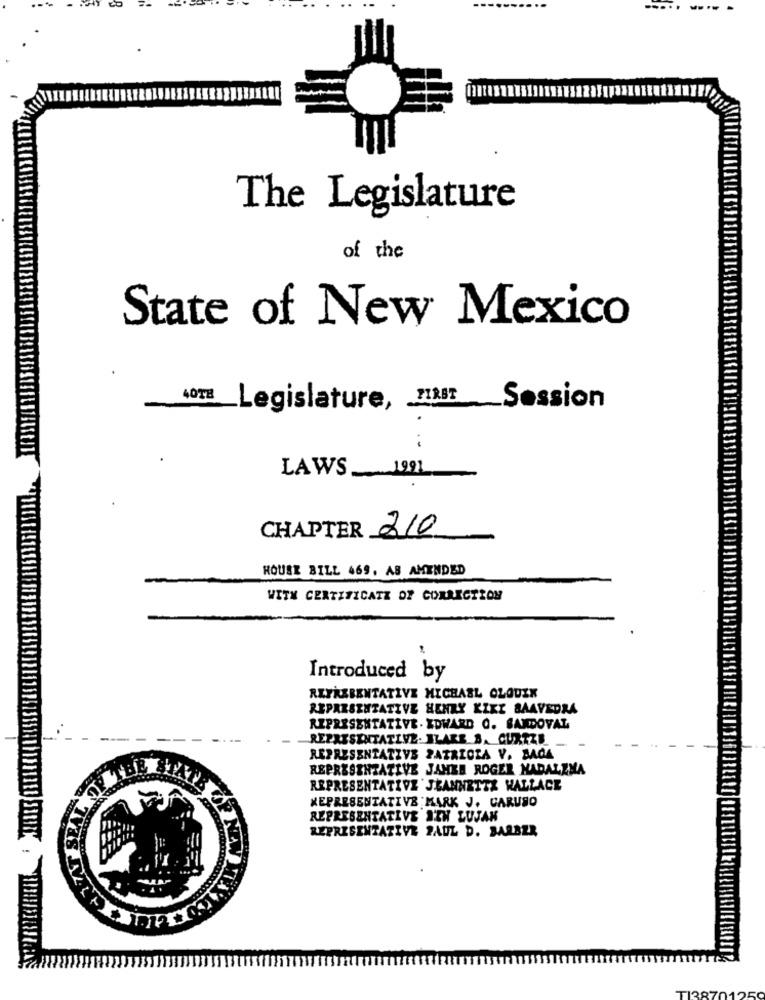
The Legislature
of the
State of New Mexico
40TE Legislature, TIME_Session
.-
LAWS_ 1991
CHAPTER 210
HOUSE BILL 469, AS AMENDED
WITH CERTIFICATZ OF CORRECTION
Introduced by
REPRESENTATIVE MICHAEL OLOUZK
REPARSENZATIVE HENRY KIKE SAAVEDRA
REPRESENTATIVE . EDWARD C. SANDOVAL
REPRESENTATIVE- BLAKE S. CUXZZE
REPRESENTATIVE PATRICIA V. BAGA
REPRESENTATIVE JAMEE ROGER NADALZNA
REPRESENTATIVE JEANNETTE WALLACE
KEPRESENTATIVE MARK J. CARUSO
REPRESENTATIVE ITH LUJAN
REPRESENTATIVE PAUL D. BARBER